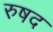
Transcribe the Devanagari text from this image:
रुषद